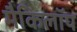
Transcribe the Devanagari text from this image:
मैकिलॉप